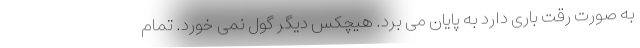
به صورت رقت باری دارد به پایان می برد. هیچکس دیگر گول نمی خورد. تمام